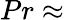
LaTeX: Pr\approx